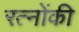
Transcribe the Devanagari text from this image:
रत्नोंकी